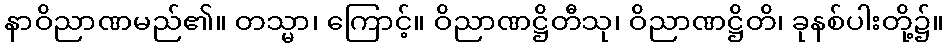
နာဝိညာဏမည်၏။ တသ္မာ၊ ကြောင့်။ ဝိညာဏဋ္ဌိတီသု၊ ဝိညာဏဋ္ဌိတိ၊ ခုနစ်ပါးတို့၌။